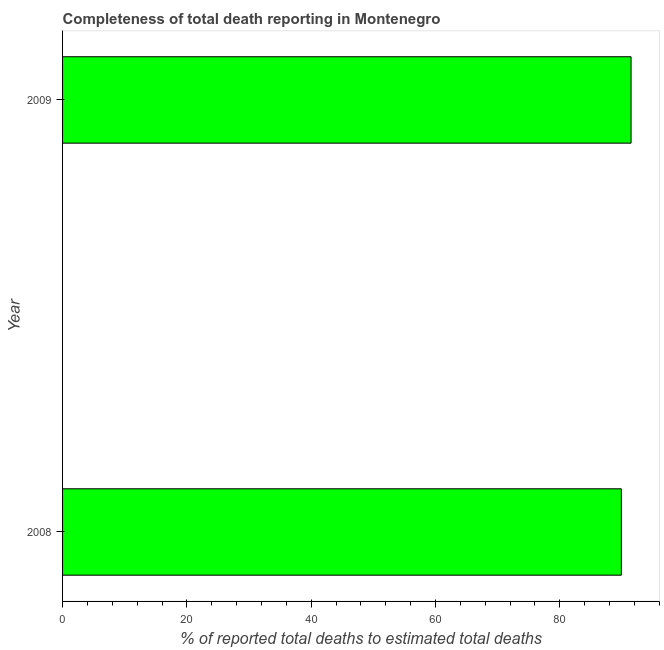
| Year | Completeness of total death reporting  |
 | --- | --- |
 | 2008 | 89.9 |
 | 2009 | 91.5 |